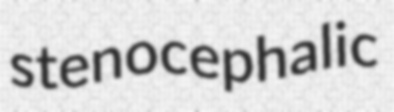
stenocephalic